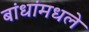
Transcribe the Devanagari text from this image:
बांधांमधले